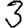
Digit: 3